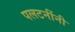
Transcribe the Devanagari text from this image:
पलटनींनी